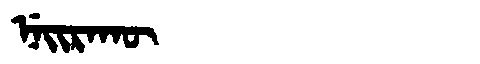
Manchu: ᠨᡝᡳᡵᠠᡴᡡ
Romanization: NEIRAKŪ